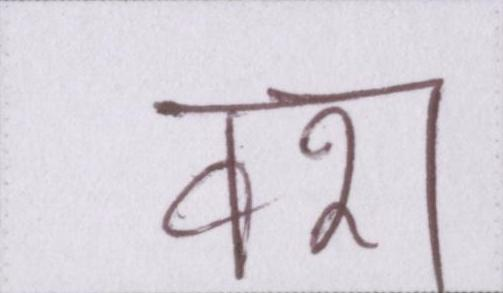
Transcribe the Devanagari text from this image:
वश